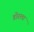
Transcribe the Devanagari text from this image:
डोरला